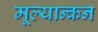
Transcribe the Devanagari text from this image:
मूल्यान्कन